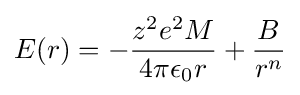
E(r)=-{\frac {z^{2}e^{2}M}{4\pi \epsilon _{0}r}}+{\frac {B}{r^{n}}}